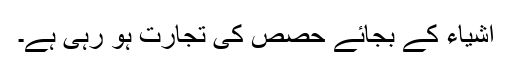
اشیاء کے بجائے حصص کی تجارت ہو رہی ہے۔